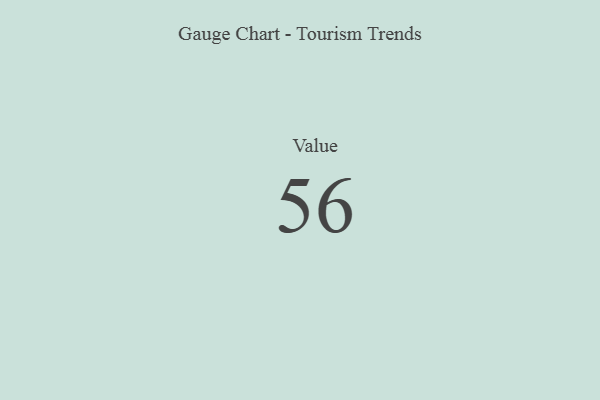
{"axis": {"x": "Metric", "y": "Value"}, "legend": [""], "data": [{"x": "Value", "y": 56, "type": ""}]}